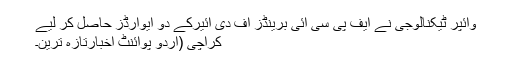
وائپر ٹیکنالوجی نے ایف پی سی آئی برینڈز آف دی ائیرکے دو ایوارڈز حاصل کر لیے
کراچی (اُردو پوائنٹ اخبارتازہ ترین۔